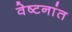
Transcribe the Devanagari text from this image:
वेष्टनांत